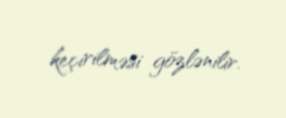
keçirilməsi gözlənilir.